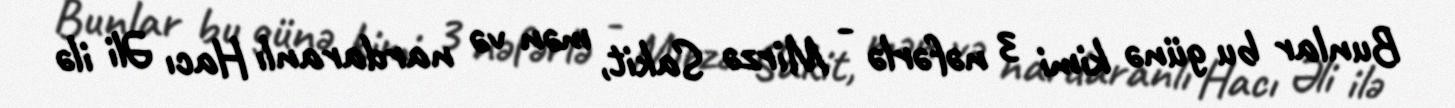
Bunlar bu günə kimi 3 nəfərlə - Mirzə Sakit, mən və nardaranlı Hacı Əli ilə